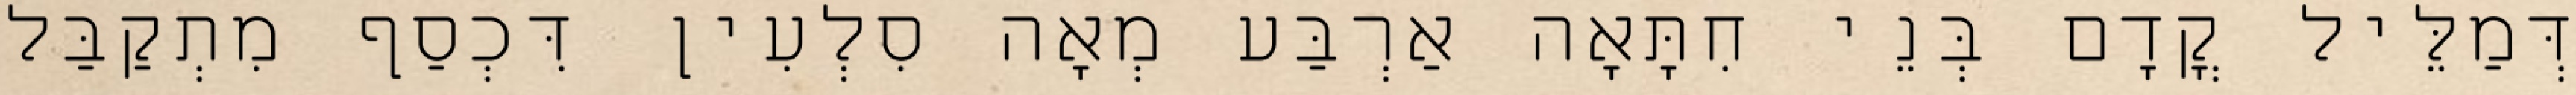
דְּמַלֵּיל קֳדָם בְּנֵי חִתָּאָה אַרְבַּע מְאָה סִלְעִין דִּכְסַף מִתְקַבַּל